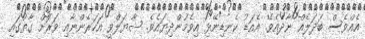
އެއްވެސް ބަދަލެއް ނާދެއެވެ. އެއަޑު ކެެނޑިނޭޅި އިވެމުންދިޔައެވެ. ޝާޔަލްވީ އަހަރެންނާއި ވަރަށް ގާތުގައި